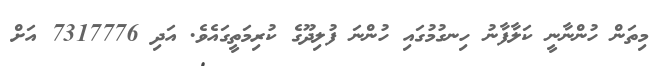
މިތަން ހުންނާނީ ކަލާފާނު ހިނގުމުގައި ހުންނަ ފުލިދޫގެ ކުރިމަތީގައެވެ. އަދި 7317776 އަށް